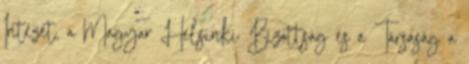
Intézet, a Magyar Helsinki Bizottság és a Társaság a